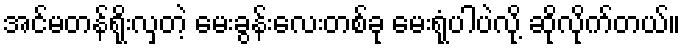
အင်မတန်ရိုးလှတဲ့ မေးခွန်းလေးတစ်ခု မေးရုံပါပဲလို့ ဆိုလိုက်တယ်။